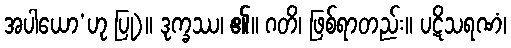
အပါယော’ဟု ပြု)။ ဒုက္ခဿ၊ ၏။ ဂတိ၊ ဖြစ်ရာတည်း။ ပဋိသရဏံ၊